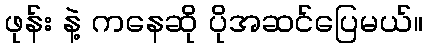
ဖုန်း နဲ့ ကနေဆို ပိုအဆင်ပြေမယ်။